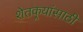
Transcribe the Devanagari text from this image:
शेतकर्‍यांसाठी